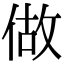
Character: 做